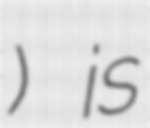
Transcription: ) is